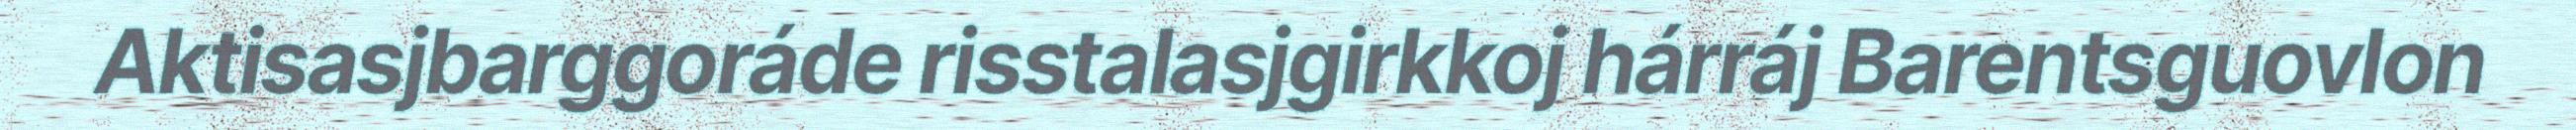
Aktisasjbarggoráde risstalasjgirkkoj hárráj Barentsguovlon